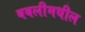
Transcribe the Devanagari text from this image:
बबलीमधील